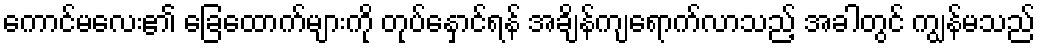
ကောင်မလေး၏ ခြေထောက်များကို တုပ်နှောင်ရန် အချိန်ကျရောက်လာသည့် အခါတွင် ကျွန်မသည်